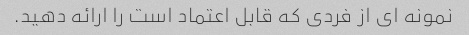
نمونه ای از فردی که قابل اعتماد است را ارائه دهید.